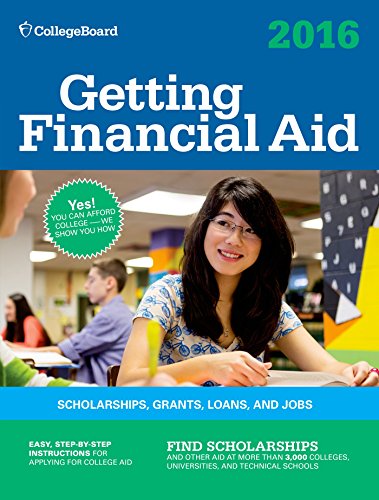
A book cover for Getting Financial Aid 2016 (College Board Guide to Getting Financial Aid); The College Board; Education & Teaching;